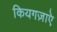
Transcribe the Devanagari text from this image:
कियगज़ाएे